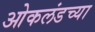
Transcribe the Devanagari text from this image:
ओकलंडच्या